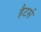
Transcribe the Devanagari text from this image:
हैटर्स